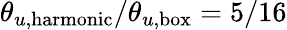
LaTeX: \theta_{u,\mathrm{harmonic}}/\theta_{u,\mathrm{box}}=5/16